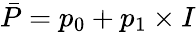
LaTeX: \bar{P}=p_{\mathrm{0}}+p_{\mathrm{1}}\times I